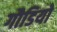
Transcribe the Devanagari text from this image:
गौडियो